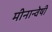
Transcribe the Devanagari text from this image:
मीनान्वेषी